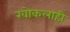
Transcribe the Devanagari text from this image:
खोकलाही